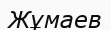
Жұмаев